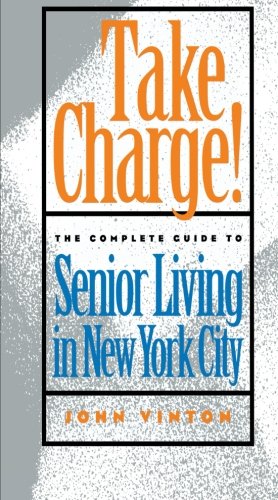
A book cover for Take Charge!: The Complete Guide to Senior Living in New York City; John Vinton; Travel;